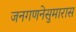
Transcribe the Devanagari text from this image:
जनगणनेसुमारास